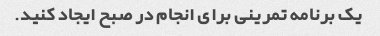
یک برنامه تمرینی برای انجام در صبح ایجاد کنید.